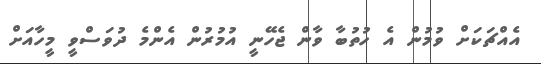
އެއްޗަކަށް ވުމުން އެ ހުތުބާ ވާން ޖެހޭނީ އުމުރުން އެންމެ ދުވަސްވީ މީހާއަށް